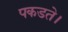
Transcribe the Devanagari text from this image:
पकडते।